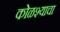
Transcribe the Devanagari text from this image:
कोळश्याचा